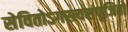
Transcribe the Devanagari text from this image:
सेवितोऽगस्त्यसंपूजितो